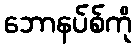
ဘောနပ်စ်ကို